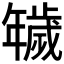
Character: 𢆫